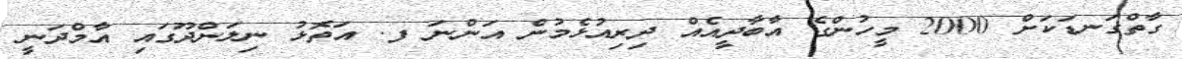
ގާތްގަނޑަކަށް 2000 މީހުންގެ އާބާދީއެއް ދިރިއުޅެމުން އަންނަ ފ. އަތޮޅު ނިލަންދޫގައި އާމްދަނީ